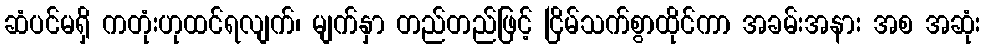
ဆံပင်မရှိ ကတုံးဟုထင်ရလျက်၊ မျက်နှာ တည်တည်ဖြင့် ငြိမ်သက်စွာထိုင်ကာ အခမ်းအနား အစ အဆုံး